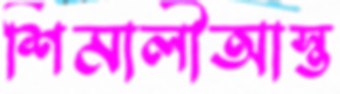
শিমালীআস্ত